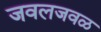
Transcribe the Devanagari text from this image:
जवलजवळ